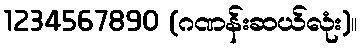
1234567890 (ဂဏန်းဆယ်လုံး)။